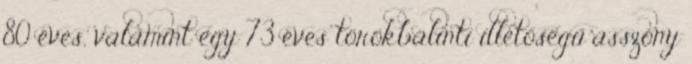
80 éves, valamint egy 73 éves törökbálinti illetőségű asszony